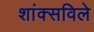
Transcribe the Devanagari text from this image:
शांक्सविले